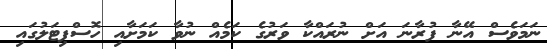
ނަމަވެސް އޭނާ ފުރާނަ އަށް ނުރައްކާ ވަރުގެ ކަމެއް ނުވާ ކަމަށާއި ހޮސްޕިޓަލުގައި